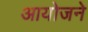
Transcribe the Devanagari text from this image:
आयोजने